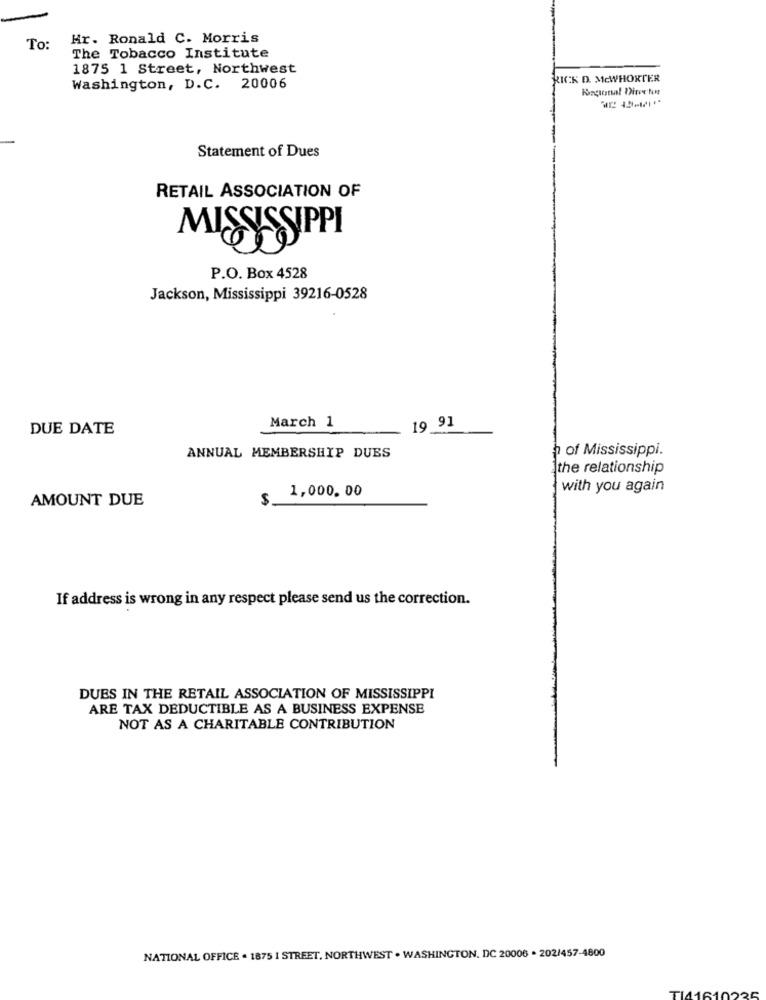
Hr. Ronald C. Morris
To:
The Tobacco Institute
1875 1 Street, Northwest
RICK D. MCWHORTER
Washington, D.C. 20006
Regional Direx Non
Statement of Dues
RETAIL ASSOCIATION OF
P.O. Box 4528
Jackson, Mississippi 39216-0528
DUE DATE
March 1
19 91
h of Mississippi.
ANNUAL MEMBERSHIP DUES
the relationship
1,000.00
with you again
AMOUNT DUE
$
If address is wrong in any respect please send us the correction.
DUES IN THE RETAIL ASSOCIATION OF MISSISSIPPI
ARE TAX DEDUCTIBLE AS A BUSINESS EXPENSE
NOT AS A CHARITABLE CONTRIBUTION
NATIONAL OFFICE . 1875 I STREET, NORTHWEST . WASHINGTON, DC 20006 . 202/457-4800